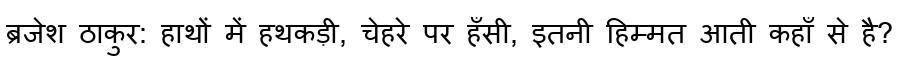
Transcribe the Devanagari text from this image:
ब्रजेश ठाकुर: हाथों में हथकड़ी, चेहरे पर हँसी, इतनी हिम्मत आती कहाँ से है?